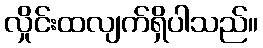
လှိုင်းထလျက်ရှိပါသည်။